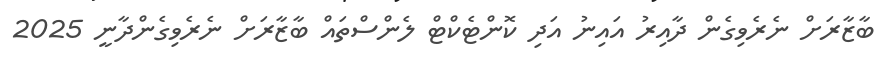
ބާޒާރަށް ނެރެވިގެން ދާއިރު އައިނު އަދި ކޮންޓެކްޓް ލެންސްތައް ބާޒާރަށް ނެރެވިގެންދާނީ 2025